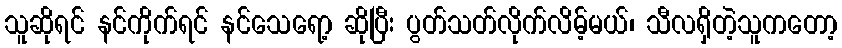
သူဆိုရင် နင်ကိုက်ရင် နင်သေရော့ ဆိုပြီး ပွတ်သတ်လိုက်လိမ့်မယ်၊ သီလရှိတဲ့သူကတော့